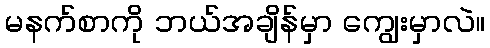
မနက်စာကို ဘယ်အချိန်မှာ ကျွေးမှာလဲ။